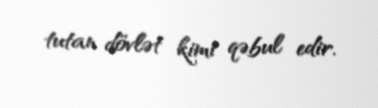
tutan dövlət kimi qəbul edir.